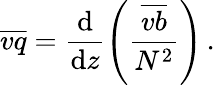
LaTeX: \overline{{vq}}=\frac{\mathrm{d}}{\mathrm{d}z}\left(\frac{\overline{{vb}}}{N^{2}}\right)\, .